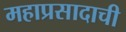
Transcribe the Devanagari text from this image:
महाप्रसादाची